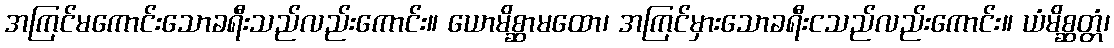
အကြင်မကောင်းသောခရီးသည်လည်းကောင်း။ ယောမိစ္ဆာမထော၊ အကြင်မှားသောခရီးငသည်လည်းကောင်း။ ယံမိစ္ဆတ္တံ၊